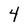
Character: 4